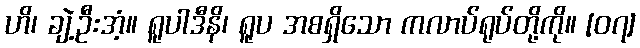
ဟိ၊ ချဲ့ဦးအံ့။ ရူပါဒီနိ၊ ရူပ အစရှိသော ကလာပ်ရုပ်တို့ကို။ [၀၇]